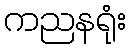
ကညနရုံး